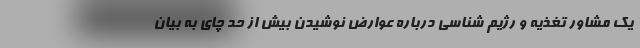
یک مشاور تغذیه و رژیم شناسی درباره عوارض نوشیدن بیش از حد چای به بیان